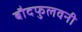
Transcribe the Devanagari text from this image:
बौदफुलवनी